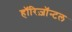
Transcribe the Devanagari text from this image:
हॉरिज़ॉन्टल